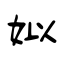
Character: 姒